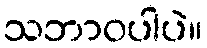
သဘာဝပါပဲ။